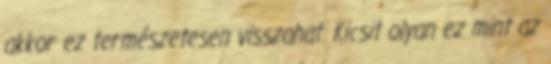
akkor ez természetesen visszahat. Kicsit olyan ez mint az